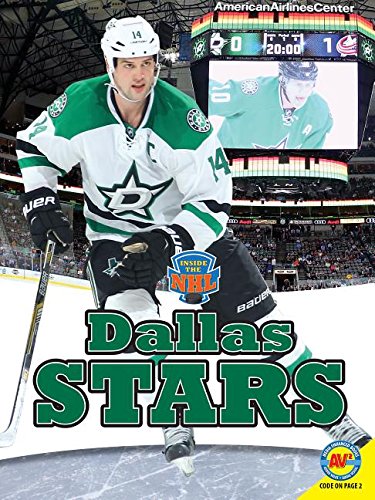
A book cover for Dallas Stars (Inside the NHL); Erin Butler; Children's Books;